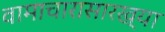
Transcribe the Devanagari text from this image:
वामाचारासारख्या